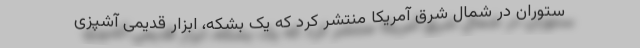
ستوران در شمال شرق آمریکا منتشر کرد که یک بشکه، ابزار قدیمی آشپزی